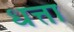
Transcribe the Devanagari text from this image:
धत्ता